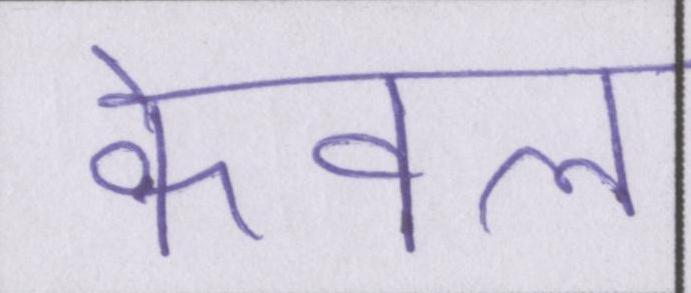
केवल